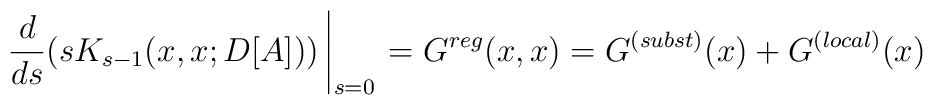
\frac{d}{ds}(sK_{s-1}(x,x;D[A]))\left|\rule[-0.4cm]{0cm}{.4cm}_{s=0}\right.=G^{reg}(x,x)=G^{(subst)}(x) + G^{(local)}(x)